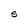
Character: S